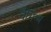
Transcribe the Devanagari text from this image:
वैभिन्य